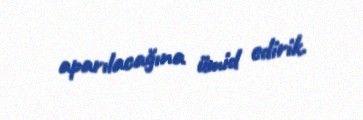
aparılacağına ümid edirik.